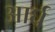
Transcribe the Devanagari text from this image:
आर्घ